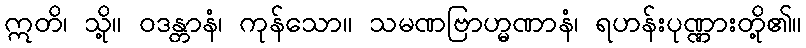
ဣတိ၊ သို့။ ဝဒန္တာနံ၊ ကုန်သော။ သမဏဗြာဟ္မဏာနံ၊ ရဟန်းပုဏ္ဏားတို့၏။